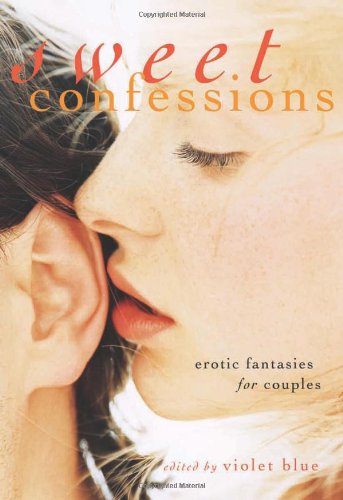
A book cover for Sweet Confessions: Erotic Fantasies for Couples; Romance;